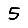
Digit: 5